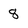
Character: 8